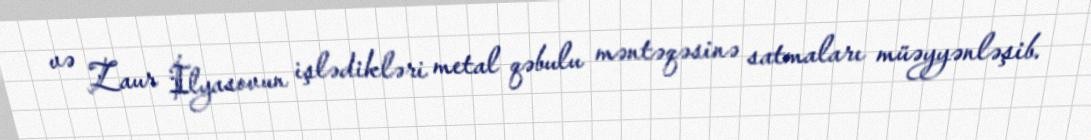
və Zaur İlyasovun işlədikləri metal qəbulu məntəqəsinə satmaları müəyyənləşib.